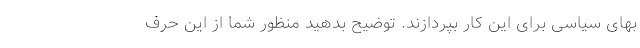
بهای سیاسی برای این کار بپردازند. توضیح بدهید منظور شما از این حرف